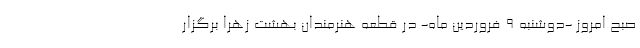
صبح امروز -دوشنبه 9 فروردین ماه- در قطعه هنرمندان بهشت زهرا برگزار